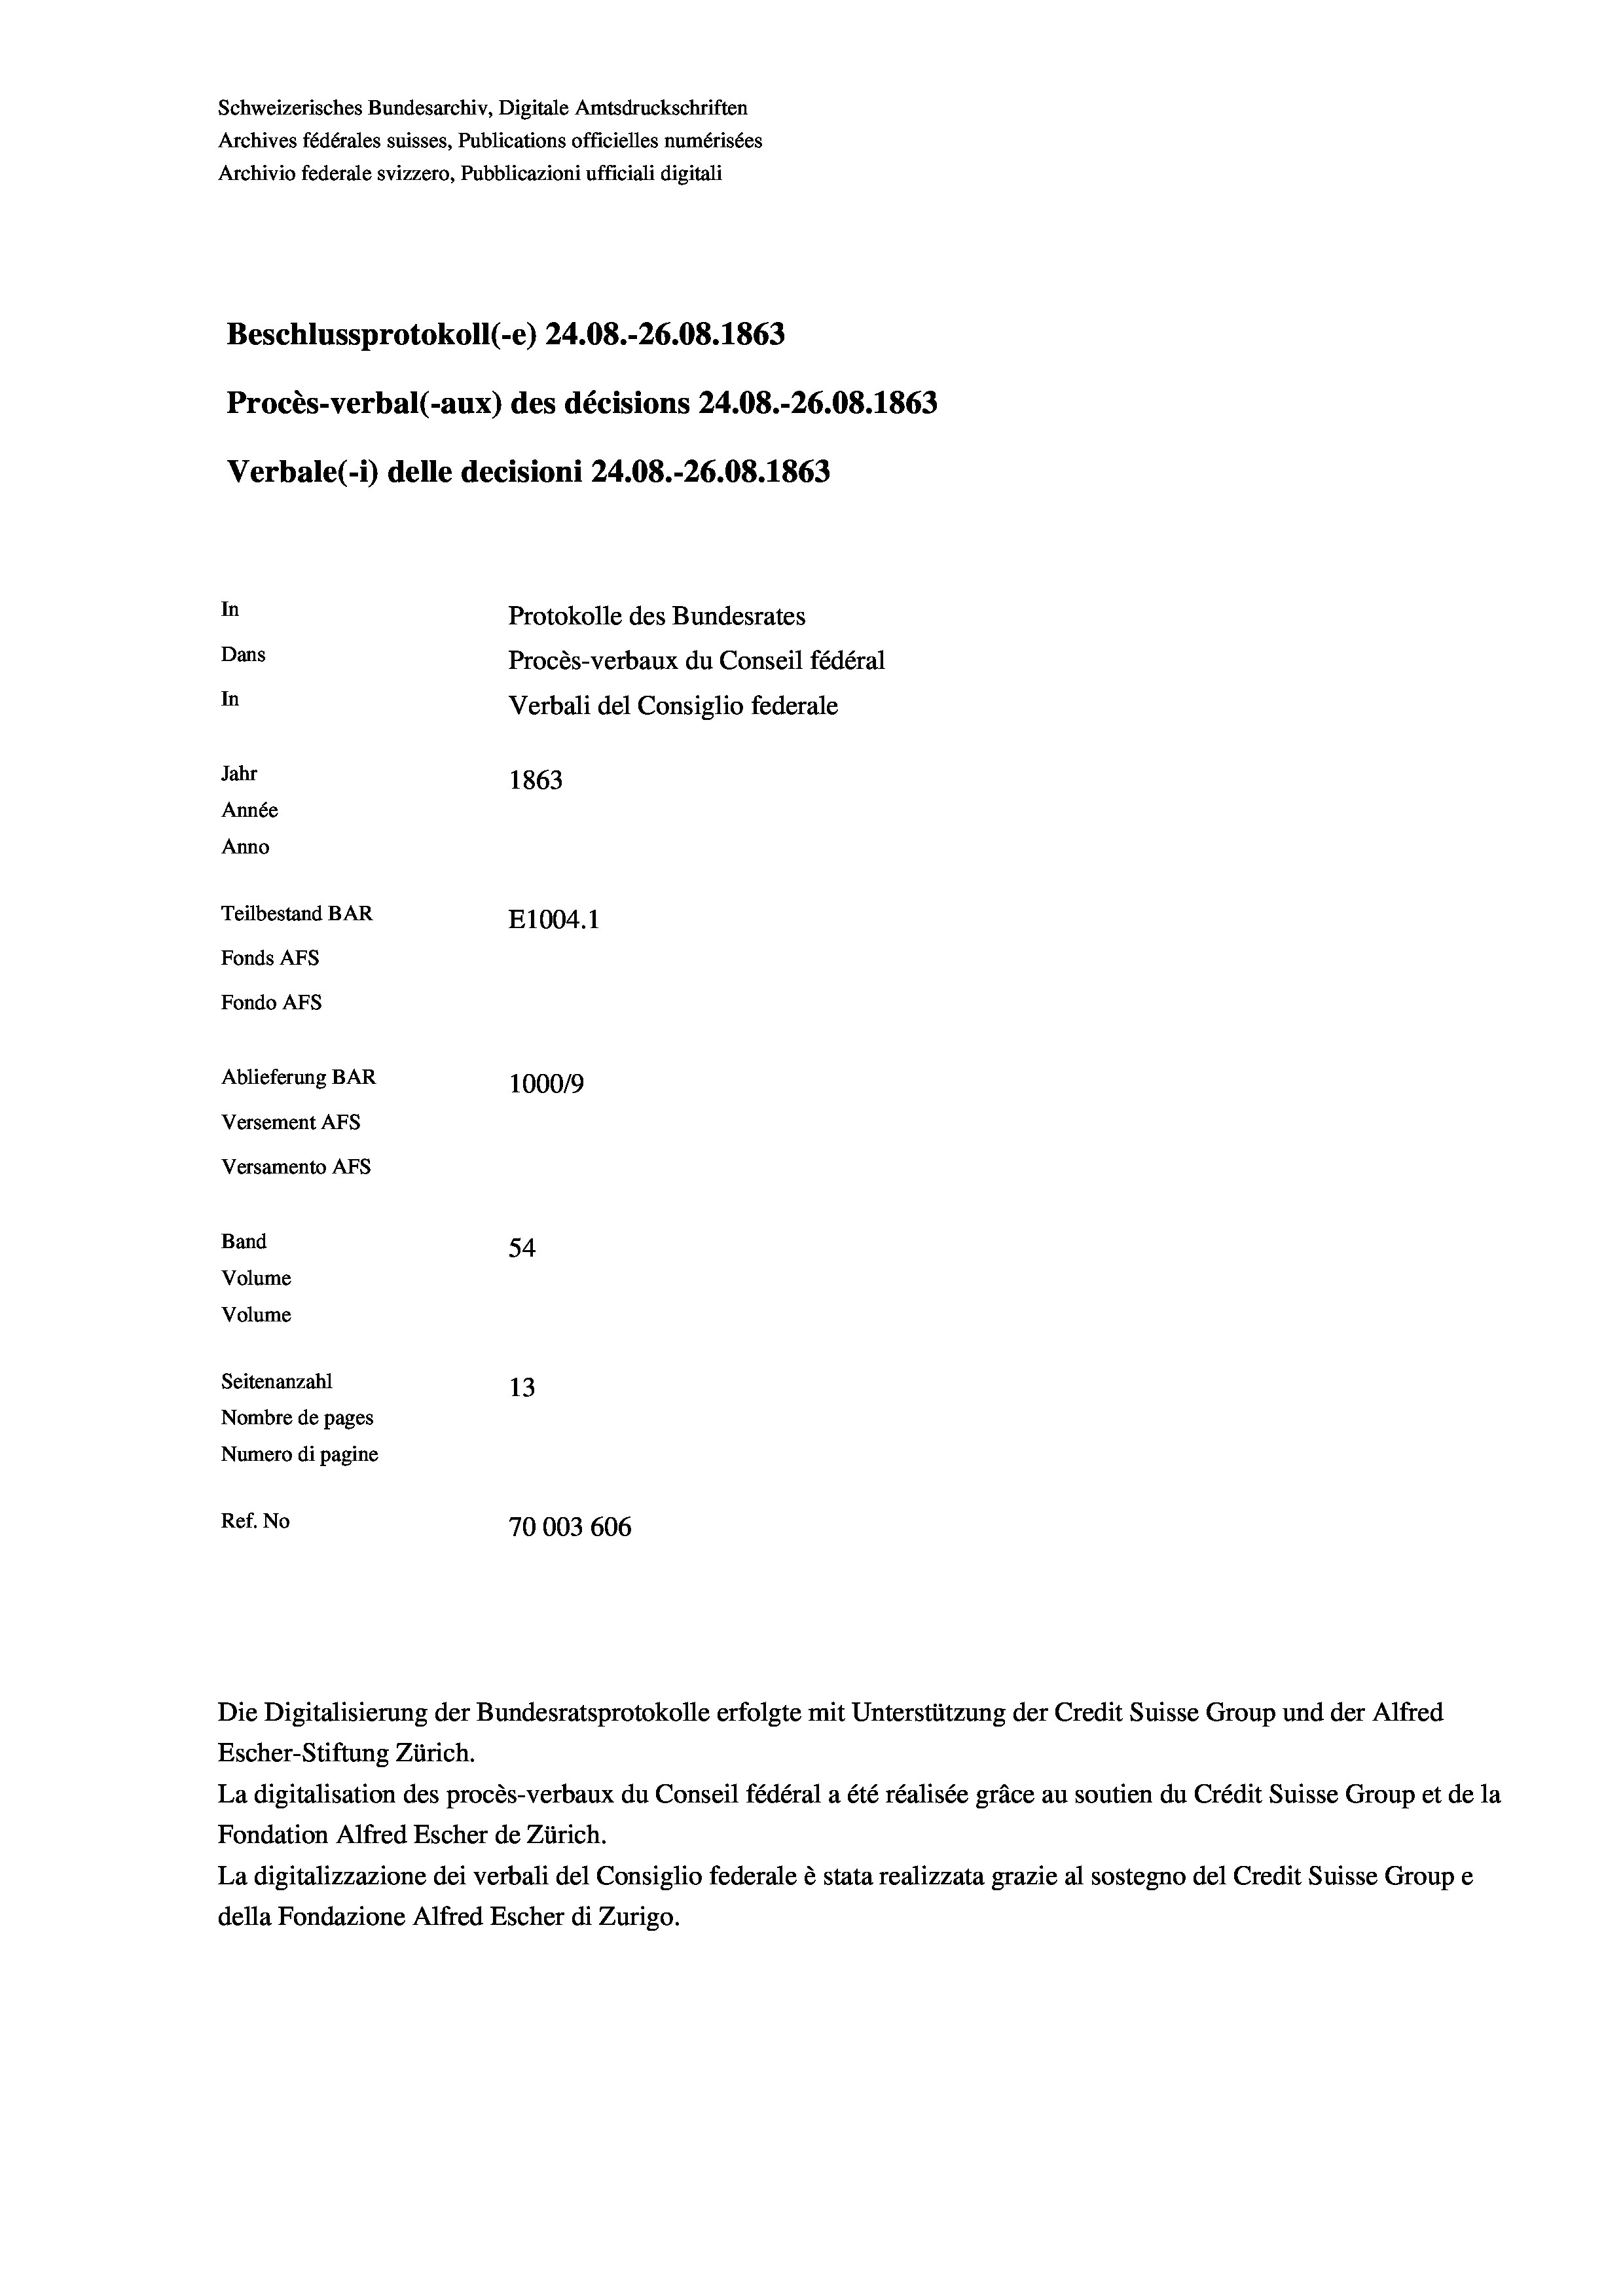
Schweizerisches Bundesarchiv, Digitale Amtsdruckschriften
Archives fédérales suisses, Publications officielles numérisées
Archivio federale svizzero, Pubblicazioni ufficiali digitali
Beschlussprotokoll (-e) 24.08.-26.08. 1863
Procès-verbal (-aux) des décisions 24.08.-26.08. 1863
Verbale(-*) delle decisioni 24.08.-26.08. 1863
In
Protokolle des Bundesrates
Dans
Procès-verbaux du Conseil fédéral
In
Verbali del Consiglio federale
Jahr
1863
Année
Anno
Teilbestand BAR
E1004.1
Fonds AFs
Fondo Afs
Ablieferung BAR
100019
Versement AFs
Versamento Afs
Band
54
Volume
Volume

Seitenanzahl
13
Nombre de pages
Numero di pagine
Ref. No
70003 606

Die Digitalisierung der Bundesratsprotokolle erfolgte mit Unterstützung der Credit Suisse Group und der Alfred

Escher-Stiftung Zürich.
La digitalisation des procès-verbaux du Conseil fédéral a été réalisée gräce au soutien du Crédit Suisse Group et de la
Fondation Alfred Escher de Zürich.
La digitalizzazione dei verbali del Consiglio federale è stata realizzata grazie al sostegno del Credit Suisse Groupe
della Fondazione Alfred Escher di Zurigo.